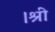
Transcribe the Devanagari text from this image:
।श्री